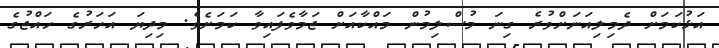
އަޅުކަމަށް ދެމިލިއަނަށްވުރެ ގިނަ މުސްލިމުން މައްކާއަށް ޖަމާވެފައިވާ ކަމަށެވެ. މިދިޔަ އަހަރުގެ ހައްޖުގެ